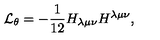
{ \cal L } _ { \theta } = - \frac { 1 } { 1 2 } H _ { \lambda \mu \nu } H ^ { \lambda \mu \nu } ,